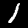
Label: 1